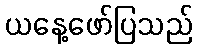
ယနေ့ဖော်ပြသည်